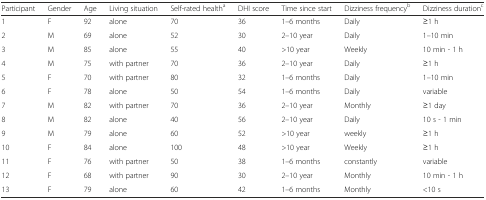
| Participant | Gender | Age | Living situation | Self-rated healtha | DHI score | Time since start | Dizziness frequencyb | Dizziness durationc |
 | --- | --- | --- | --- | --- | --- | --- | --- | --- |
 | 1 | F | 92 | alone | 70 | 36 | 1–6 months | Daily | ≥1 h |
 | 2 | M | 69 | alone | 52 | 30 | 2–10 year | Daily | 1–10 min |
 | 3 | M | 85 | alone | 55 | 40 | >10 year | Weekly | 10 min - 1 h |
 | 4 | M | 75 | with partner | 70 | 36 | 2–10 year | Daily | ≥1 h |
 | 5 | F | 70 | with partner | 80 | 32 | 1–6 months | Daily | 1–10 min |
 | 6 | F | 78 | alone | 50 | 54 | 1–6 months | Daily | variable |
 | 7 | M | 82 | with partner | 70 | 36 | 2–10 year | Monthly | ≥1 day |
 | 8 | M | 82 | alone | 40 | 56 | 2–10 year | Daily | 10 s - 1 min |
 | 9 | M | 79 | alone | 60 | 52 | >10 year | weekly | ≥1 h |
 | 10 | F | 84 | alone | 100 | 48 | >10 year | Weekly | ≥1 h |
 | 11 | F | 76 | with partner | 50 | 38 | 1–6 months | constantly | variable |
 | 12 | F | 68 | with partner | 90 | 30 | 2–10 year | Monthly | 10 min - 1 h |
 | 13 | F | 79 | alone | 60 | 42 | 1–6 months | Monthly | <10 s |